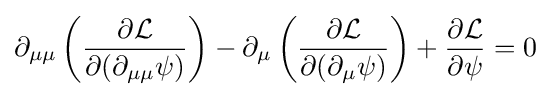
\partial _{\mu \mu }\left({\frac {\partial {\mathcal {L}}}{\partial (\partial _{\mu \mu }\psi )}}\right)-\partial _{\mu }\left({\frac {\partial {\mathcal {L}}}{\partial (\partial _{\mu }\psi )}}\right)+{\frac {\partial {\mathcal {L}}}{\partial \psi }}=0